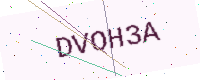
Text: DVOH3A